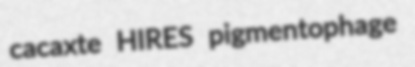
cacaxte HIRES pigmentophage